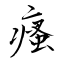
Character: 瘙